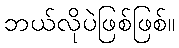
ဘယ်လိုပဲဖြစ်ဖြစ်။